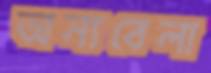
অন্যবেলা